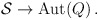
\begin{align*} {\cal S} \to \hbox{Aut} (Q)\,.\end{align*}